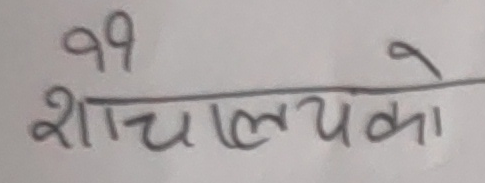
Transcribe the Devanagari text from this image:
99 शौचालयको